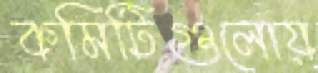
কমিটিগুলোয়